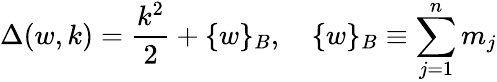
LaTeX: \Delta(w,k)=\frac{k^{2}}{2}+\{ w\} _{B},\quad\{ w\} _{B}\equiv\sum_{j=1}^{n}m_{j}